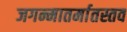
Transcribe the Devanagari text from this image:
जगन्मातर्मातस्तव